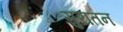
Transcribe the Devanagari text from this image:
सुरातन